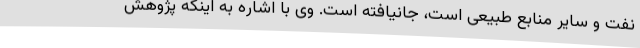
نفت و سایر منابع طبیعی است، جانیافته است. وی با اشاره به اینکه پژوهش